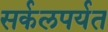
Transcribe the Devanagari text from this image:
सर्कलपर्यत